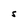
Character: S